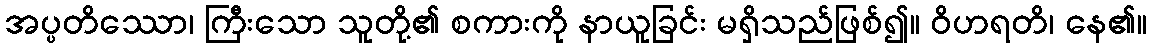
အပ္ပတိဿော၊ ကြီးသော သူတို့၏ စကားကို နာယူခြင်း မရှိသည်ဖြစ်၍။ ဝိဟရတိ၊ နေ၏။